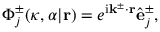
\Phi _ { j } ^ { \pm } ( \kappa , \alpha | \mathbf { r } ) = e ^ { \mathrm { i } \mathbf { k } ^ { \pm } \cdot \mathbf { r } } \hat { \mathbf { e } } _ { j } ^ { \pm } ,